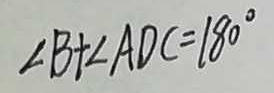
\angle B + \angle A D C = 1 8 0 ^ { \circ }